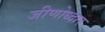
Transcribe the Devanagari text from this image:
जीणोध्दार